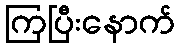
ကြပြီးနောက်